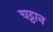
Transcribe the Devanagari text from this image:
चट्ठान